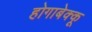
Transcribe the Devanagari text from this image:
होगाबेक्कू